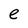
Character: e